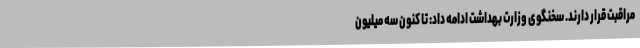
مراقبت قرار دارند. سخنگوی وزارت بهداشت ادامه داد: تا کنون سه میلیون